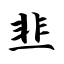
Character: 韭